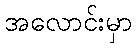
အလောင်းမှာ